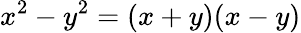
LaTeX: x^{2}-y^{2}=(x+y)(x-y)